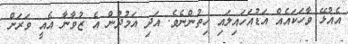
އެއުޅޭ ވާހަކައެއް އަޑުއަހައިލައި ހިތުންނެވެ. އަދި އަމުދުން އެ ޒުވާނާ އެއީ ވަރަށް